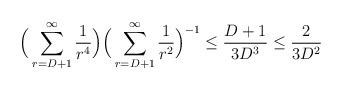
LaTeX: \begin{align*} \Big(\sum_{r=D+1}^{\infty}\frac{1}{r^4}\Big) \Big(\sum_{r=D+1}^{\infty}\frac{1}{r^2}\Big)^{-1} \leq \frac{D+1}{3D^3}\leq \frac{2}{3D^2}\end{align*}